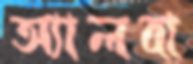
অ্যালবা